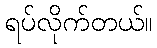
ရပ်လိုက်တယ်။